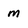
Character: m